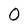
Character: 0